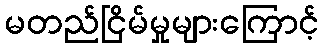
မတည်ငြိမ်မှုများကြောင့်